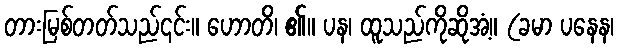
တားမြစ်တတ်သည်၎င်း။ ဟောတိ၊ ၏။ ပန၊ ထူသည်ကိုဆိုအံ့။ (ခမာ ပနေန၊